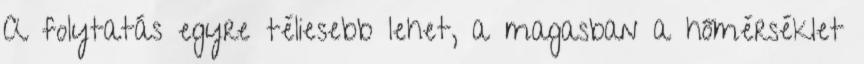
A folytatás egyre téliesebb lehet, a magasban a hőmérséklet